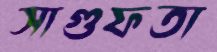
সাগুফতা